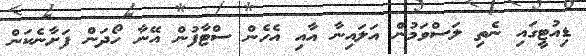
ޑިއުޓީގައި ނެތި ލަސްވަމުން އަލައިނާ އާއި އެހެން ސްޓާފުން އޭނާ ހޯދަން ފަށާނެކަން